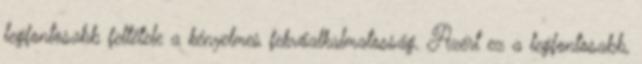
legfontosabb feltétele a kényelmes fekvőalkalmatosság. Azért ez a legfontosabb,